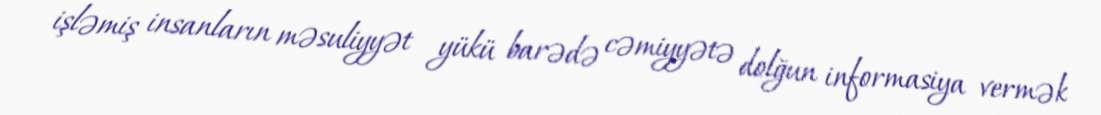
işləmiş insanların məsuliyyət yükü barədə cəmiyyətə dolğun informasiya vermək